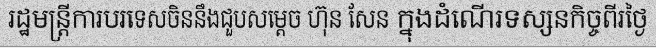
រដ្ឋមន្ត្រីការបរទេសចិននឹងជួបសម្តេច ហ៊ុន សែន ក្នុងដំណើរទស្សនកិច្ចពីរថ្ងៃ